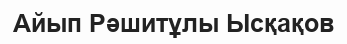
Айып Рәшитұлы Ысқақов